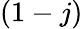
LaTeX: (1-j)